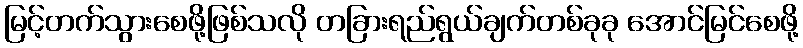
မြင့်တက်သွားစေဖို့ဖြစ်သလို တခြားရည်ရွယ်ချက်တစ်ခုခု အောင်မြင်စေဖို့